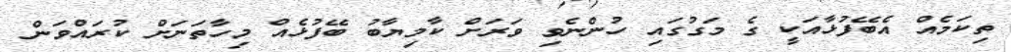
ތިކަމެއް އެބޭފުޅާއަކީ ގެ މަގުގައި ހުންނެވި ވަރަށް ކާމިޔާބު ބޭފުޅެއް މިހާތަނަށް ކުރައްވަން